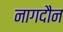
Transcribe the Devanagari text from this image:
नागदौन